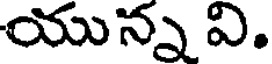
యున్న వి.